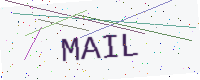
Text: MAIL